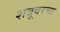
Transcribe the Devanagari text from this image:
शत्रूवरचा